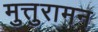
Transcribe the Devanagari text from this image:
मुत्तुरामन